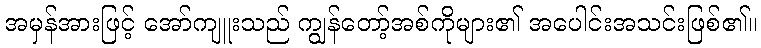
အမှန်အားဖြင့် အော်ကျူးသည် ကျွန်တော့်အစ်ကိုများ၏ အပေါင်းအသင်းဖြစ်၏။